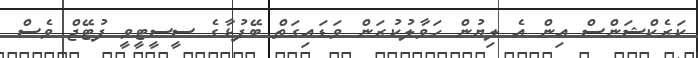
ކަރެކްޝަންސް އިން އެ ލިޔުން ހަވާލުކުރަން ވަޑައިގަތް ބޭފުޅާގެ ސީސީޓީވީ ފުޓޭޖް ވެސް